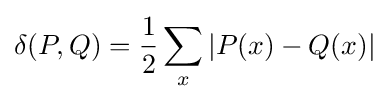
\delta (P,Q)={\frac {1}{2}}\sum _{x}|P(x)-Q(x)|